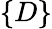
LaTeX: \{ D\}